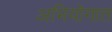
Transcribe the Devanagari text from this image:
अभियोगात